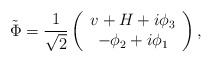
\begin{align*}\tilde{\Phi}=\frac{1}{\sqrt{2}}\left( \begin{array}{c}v+H+i\phi _{3} \\ -\phi _{2}+i\phi _{1}\end{array}\right) , \end{align*}